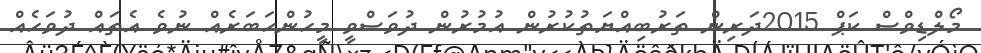
މޯލްޑިވްސް ކަޕް 2015ދަރިން ތަރުބިއްޔަތުކުރުން އުމުރުން ދުވަސްވީ މީހުންހަބަރެއް ނުވެ އެތައް ދުވަހެއް